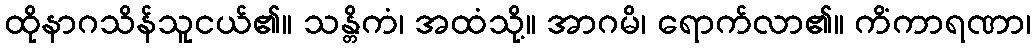
ထိုနာဂသိန်သူငယ်၏။ သန္တိကံ၊ အထံသို့။ အာဂမိ၊ ရောက်လာ၏။ ကိံကာရဏာ၊